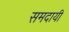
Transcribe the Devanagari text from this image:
समदायी